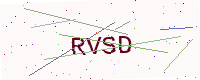
Text: RVSD